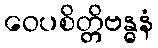
ဝေပစိတ္တိဗန္ဓနံ